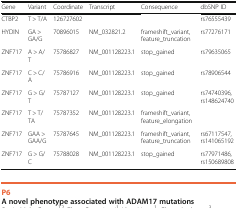
| Gene | Variant | Coordinate | Transcript | Consequence | dbSNP ID |
 | --- | --- | --- | --- | --- | --- |
 | CTBP2 | T > T/A | 126727602 |  |  | rs76555439 |
 | HYDIN | GA > GA/G | 70896015 | NM_032821.2 | frameshift_variant, feature_truncation | rs77276171 |
 | ZNF717 | A > A/T | 75786827 | NM_001128223.1 | stop_gained | rs79635065 |
 | ZNF717 | C > C/A | 75786916 | NM_001128223.1 | stop_gained | rs78906544 |
 | ZNF717 | G > G/T | 75787127 | NM_001128223.1 | stop_gained | rs74740396, rs148624740 |
 | ZNF717 | T > T/TA | 75787352 | NM_001128223.1 | frameshift_variant, feature_elongation |  |
 | ZNF717 | GAA > GAA/G | 75787645 | NM_001128223.1 | frameshift_variant, feature_truncation | rs67117547, rs141065192 |
 | ZNF717 | G > G/C | 75788028 | NM_001128223.1 | stop_gained | rs77971486, rs150689808 |